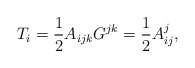
\begin{align*}T_{i}=\frac{1}{2}A_{ijk}G^{jk}=\frac{1}{2}A_{ij}^{j}, \end{align*}